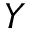
Y